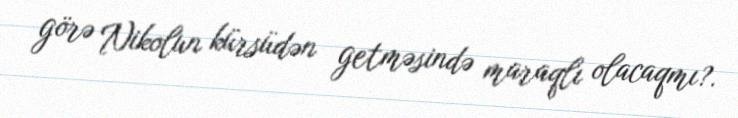
görə Nikolun kürsüdən getməsində maraqlı olacaqmı?.